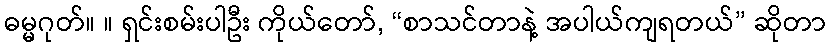
ဓမ္မဂုတ်။ ။ ရှင်းစမ်းပါဦး ကိုယ်တော်, “စာသင်တာနဲ့ အပါယ်ကျရတယ်” ဆိုတာ